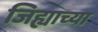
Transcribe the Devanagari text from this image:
जिह्याच्या